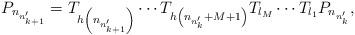
LaTeX: \begin{align*}P_{n_{n_{k+1}^{\prime}}}=T_{h\left(n_{n_{k+1}^{\prime}}\right)}\cdots T_{h\left(n_{n_{k}^{\prime}}+M+1\right)}T_{l_{M}}\cdots T_{l_{1}}P_{n_{n_{k}^{\prime}}},\end{align*}